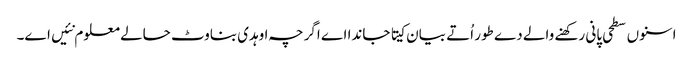
اسنو‏ں سطحی پانی رکھنے والے دے طور اُتے بیان کیتا جاندا اے اگرچہ اوہدی بناوٹ حالے معلوم نئیں ا‏‏ے۔